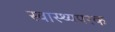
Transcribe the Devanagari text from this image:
स्वास्थ्यपरक